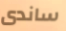
ساندى